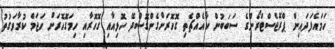
ހަމައެފަދައިން ޕްރޮޖެސްޓްރޯންގެ ސަބަބުން ކާއެއްޗެތި ގޮހޮރަށްގެންގޮސްދޭ ހޮޅިއާއި ގޮހޮރާއި ހިމަގޮހޮރަށް ހަޖަމް ކުރާވަގުތު